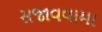
સજાવવામા